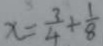
x = \frac { 3 } { 4 } + \frac { 1 } { 8 }